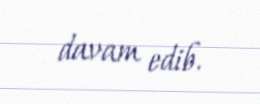
davam edib.